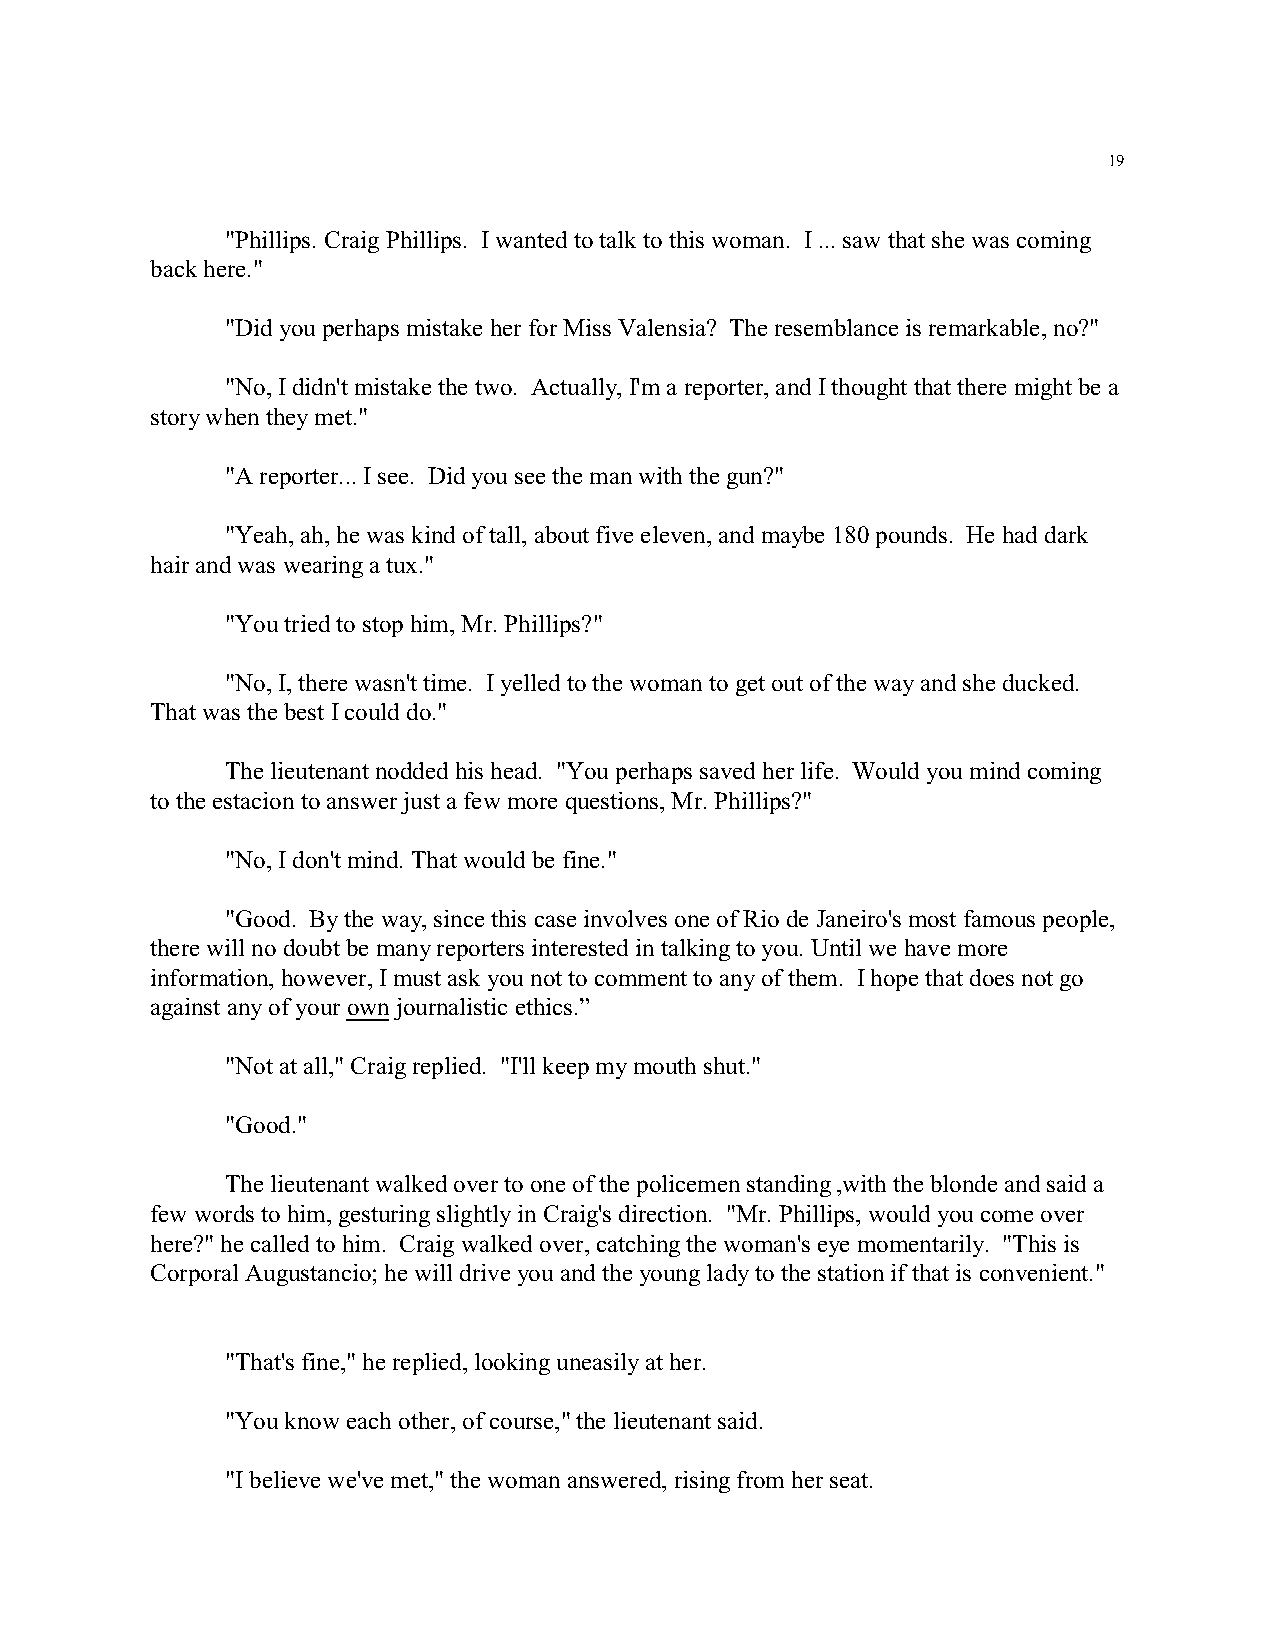
19
 "Phillips. Craig Phillips. I wanted to talk to this woman. I ... saw that she was coming
 back here."
 "Did you perhaps mistake her for Miss Valensia? The resemblance is remarkable, no?"
 "No, I didn't mistake the two. Actually, I'm a reporter, and I thought that there might be a
 story when they met."
 "A reporter... I see. Did you see the man with the gun?"
 "Yeah, ah, he was kind of tall, about five eleven, and maybe 180 pounds. He had dark
 hair and was wearing a tux."
 "You tried to stop him, Mr. Phillips?"
 "No, I, there wasn't time. I yelled to the woman to get out of the way and she ducked.
 That was the best I could do."
 The lieutenant nodded his head. "You perhaps saved her life. Would you mind coming
 to the estacion to answer just a few more questions, Mr. Phillips?"
 "No, I don't mind. That would be fine."
 "Good. By the way, since this case involves one of Rio de Janeiro's most famous people,
 there will no doubt be many reporters interested in talking to you. Until we have more
 information, however, I must ask you not to comment to any of them. I hope that does not go
 against any of your own journalistic ethics.”
 "Not at all," Craig replied. "I'll keep my mouth shut."
 "Good."
 The lieutenant walked over to one of the policemen standing ,with the blonde and said a
 few words to him, gesturing slightly in Craig's direction. "Mr. Phillips, would you come over
 here?" he called to him. Craig walked over, catching the woman's eye momentarily. "This is
 Corporal Augustancio; he will drive you and the young lady to the station if that is convenient."
 "That's fine," he replied, looking uneasily at her.
 "You know each other, of course," the lieutenant said.
 "I believe we've met," the woman answered, rising from her seat.